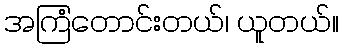
အကြံတောင်းတယ်၊ ယူတယ်။